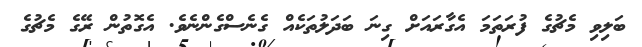
ބަލިވި މެޗުގެ ފުރަތަމަ އެގާރައަށް ގިނަ ބަދަލުތަކެއް ގެނެސްގެންނެވެ. އެގޮތުން ރޭގެ މެޗުގެ